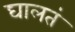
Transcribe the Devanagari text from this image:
घालतं